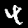
Label: 4